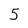
Character: 5